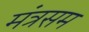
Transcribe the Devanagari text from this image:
मंत्रसम